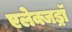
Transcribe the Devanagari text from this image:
एलेक्जड्राॅ